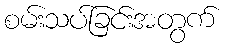
စမ်းသပ်ခြင်းအတွက်